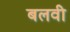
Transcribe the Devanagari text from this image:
बलवी